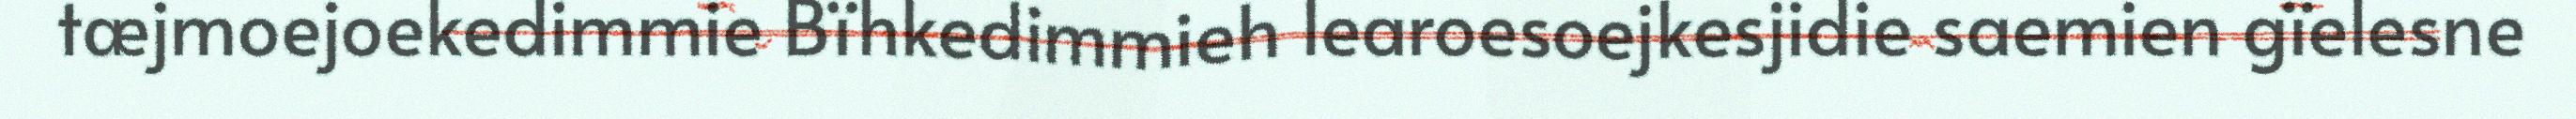
tæjmoejoekedimmie Bïhkedimmieh learoesoejkesjidie saemien gïelesne